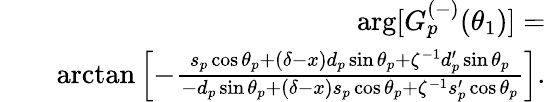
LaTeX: \begin{array}{rlr}&{}&{\arg[G_{p}^{(-)}(\theta_{1})]=}\\ &{}&{\arctan\left[-\frac{s_{p}\cos\theta_{p}+\left(\delta-x\right)d_{p}\sin\theta_{p}+\zeta^{-1}d_{p}^{\prime}\sin\theta_{p}}{-d_{p}\sin\theta_{p}+\left(\delta-x\right)s_{p}\cos\theta_{p}+\zeta^{-1}s_{p}^{\prime}\cos\theta_{p}}\right].}\end{array}